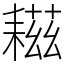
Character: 𦔒